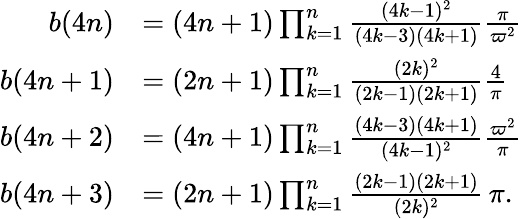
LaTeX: {\begin{array}{rl}{b(4n)}&{=(4n+1)\prod_{k=1}^{n}{\frac{(4k-1)^{2}}{(4k-3)(4k+1)}}{\frac{\pi}{\varpi^{2}}}}\\ {b(4n+1)}&{=(2n+1)\prod_{k=1}^{n}{\frac{(2k)^{2}}{(2k-1)(2k+1)}}{\frac{4}{\pi}}}\\ {b(4n+2)}&{=(4n+1)\prod_{k=1}^{n}{\frac{(4k-3)(4k+1)}{(4k-1)^{2}}}{\frac{\varpi^{2}}{\pi}}}\\ {b(4n+3)}&{=(2n+1)\prod_{k=1}^{n}{\frac{(2k-1)(2k+1)}{(2k)^{2}}}\, \pi.}\end{array}}